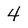
Character: 4